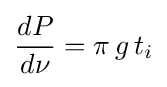
{{dP} \over {d\nu }}=\pi \,g\,t_{i}